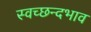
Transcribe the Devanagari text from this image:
स्वच्छन्दभाव